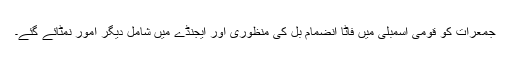
جمعرات کو قومی اسمبلی میں فاٹا انضمام بل کی منظوری اور ایجنڈے میں شامل دیگر امور نمٹائے گئے۔